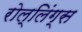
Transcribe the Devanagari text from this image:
रोल्लिंग्स